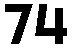
74